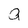
Character: a